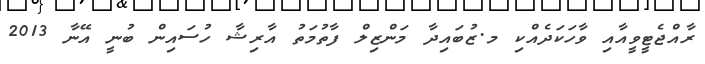
ރާއްޖެޓީވީއާއި ވާހަކަދެއްކި މ.ޒުބައިދާ މަންޒިލް ފާތުމަތު އާރިޝާ ހުސައިން ބުނީ އޭނާ 2013